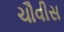
ચૌવીસ